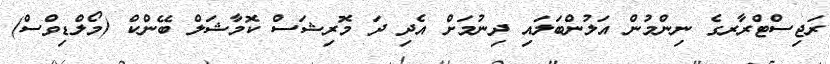
ރަޖިސްޓްރާރގެ ނިންމުން އަލުންބަލައި ދިނުމަށް އެދި ދަ މޮރިޝަސް ކޮމާޝަލް ބޭންކް (މޯލްޑިވްސް)